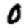
Digit: 0